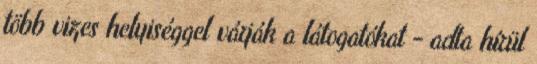
több vizes helyiséggel várják a látogatókat - adta hírül